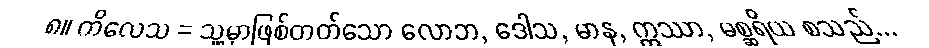
၈။ ကိလေသ = သူ့မှာဖြစ်တတ်သော လောဘ, ဒေါသ, မာန, ဣဿာ, မစ္ဆရိယ စသည်...